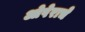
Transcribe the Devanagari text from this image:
ओपेराचे